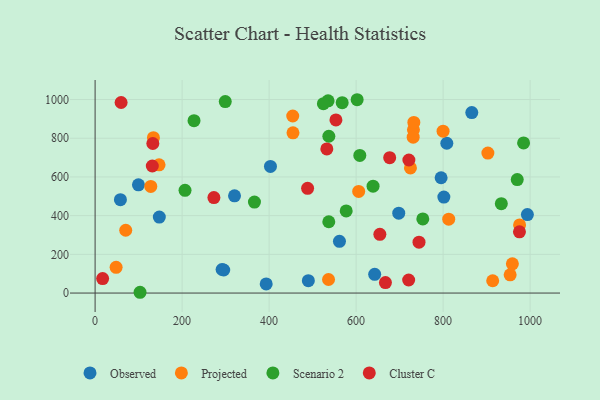
{"axis": {"x": "Engine Size", "y": "Sales"}, "legend": ["Cluster C", "Observed", "Projected", "Scenario 2"], "data": [{"x": "403.1", "y": 654.3, "type": "Observed"}, {"x": "865.9", "y": 932.4, "type": "Observed"}, {"x": "490.2", "y": 64.1, "type": "Observed"}, {"x": "295.7", "y": 119.1, "type": "Observed"}, {"x": "561.7", "y": 267.1, "type": "Observed"}, {"x": "147.6", "y": 392.4, "type": "Observed"}, {"x": "58.2", "y": 482.6, "type": "Observed"}, {"x": "393.3", "y": 47.4, "type": "Observed"}, {"x": "320.5", "y": 502.2, "type": "Observed"}, {"x": "642.7", "y": 96.9, "type": "Observed"}, {"x": "99.6", "y": 559.5, "type": "Observed"}, {"x": "795.4", "y": 595.7, "type": "Observed"}, {"x": "993.7", "y": 405.4, "type": "Observed"}, {"x": "808.5", "y": 774.0, "type": "Observed"}, {"x": "698.0", "y": 412.7, "type": "Observed"}, {"x": "291.9", "y": 121.8, "type": "Observed"}, {"x": "801.7", "y": 495.9, "type": "Observed"}, {"x": "959.2", "y": 151.1, "type": "Projected"}, {"x": "731.8", "y": 843.8, "type": "Projected"}, {"x": "975.8", "y": 351.8, "type": "Projected"}, {"x": "128.0", "y": 551.0, "type": "Projected"}, {"x": "454.3", "y": 915.0, "type": "Projected"}, {"x": "536.6", "y": 69.9, "type": "Projected"}, {"x": "732.7", "y": 881.8, "type": "Projected"}, {"x": "731.2", "y": 805.7, "type": "Projected"}, {"x": "724.9", "y": 646.8, "type": "Projected"}, {"x": "799.9", "y": 836.6, "type": "Projected"}, {"x": "48.3", "y": 133.1, "type": "Projected"}, {"x": "902.9", "y": 723.5, "type": "Projected"}, {"x": "70.4", "y": 324.4, "type": "Projected"}, {"x": "147.0", "y": 662.5, "type": "Projected"}, {"x": "812.9", "y": 381.6, "type": "Projected"}, {"x": "454.9", "y": 828.0, "type": "Projected"}, {"x": "914.0", "y": 63.5, "type": "Projected"}, {"x": "605.9", "y": 525.1, "type": "Projected"}, {"x": "134.1", "y": 802.8, "type": "Projected"}, {"x": "954.1", "y": 94.1, "type": "Projected"}, {"x": "608.5", "y": 711.2, "type": "Scenario 2"}, {"x": "985.0", "y": 776.0, "type": "Scenario 2"}, {"x": "568.0", "y": 983.5, "type": "Scenario 2"}, {"x": "933.8", "y": 462.0, "type": "Scenario 2"}, {"x": "639.0", "y": 552.2, "type": "Scenario 2"}, {"x": "299.2", "y": 989.4, "type": "Scenario 2"}, {"x": "535.6", "y": 993.2, "type": "Scenario 2"}, {"x": "524.8", "y": 978.6, "type": "Scenario 2"}, {"x": "537.3", "y": 810.3, "type": "Scenario 2"}, {"x": "206.7", "y": 530.9, "type": "Scenario 2"}, {"x": "753.3", "y": 382.9, "type": "Scenario 2"}, {"x": "970.4", "y": 586.5, "type": "Scenario 2"}, {"x": "577.2", "y": 424.3, "type": "Scenario 2"}, {"x": "366.3", "y": 470.0, "type": "Scenario 2"}, {"x": "227.4", "y": 890.9, "type": "Scenario 2"}, {"x": "103.3", "y": 4.0, "type": "Scenario 2"}, {"x": "602.4", "y": 999.0, "type": "Scenario 2"}, {"x": "537.2", "y": 368.5, "type": "Scenario 2"}, {"x": "273.1", "y": 493.2, "type": "Cluster C"}, {"x": "975.5", "y": 316.6, "type": "Cluster C"}, {"x": "532.7", "y": 744.8, "type": "Cluster C"}, {"x": "553.6", "y": 894.4, "type": "Cluster C"}, {"x": "720.8", "y": 67.5, "type": "Cluster C"}, {"x": "17.3", "y": 74.7, "type": "Cluster C"}, {"x": "654.6", "y": 303.4, "type": "Cluster C"}, {"x": "721.3", "y": 687.5, "type": "Cluster C"}, {"x": "667.4", "y": 54.1, "type": "Cluster C"}, {"x": "131.5", "y": 656.6, "type": "Cluster C"}, {"x": "59.8", "y": 984.7, "type": "Cluster C"}, {"x": "132.7", "y": 772.9, "type": "Cluster C"}, {"x": "744.6", "y": 262.8, "type": "Cluster C"}, {"x": "488.5", "y": 541.4, "type": "Cluster C"}, {"x": "677.2", "y": 699.8, "type": "Cluster C"}]}